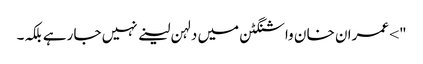
"> عمران خا ن واشنگٹن میں دلہن لینے نہیں جا رہے بلکہ۔